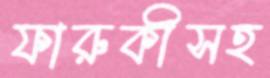
ফারুকীসহ